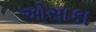
ઓસાકા